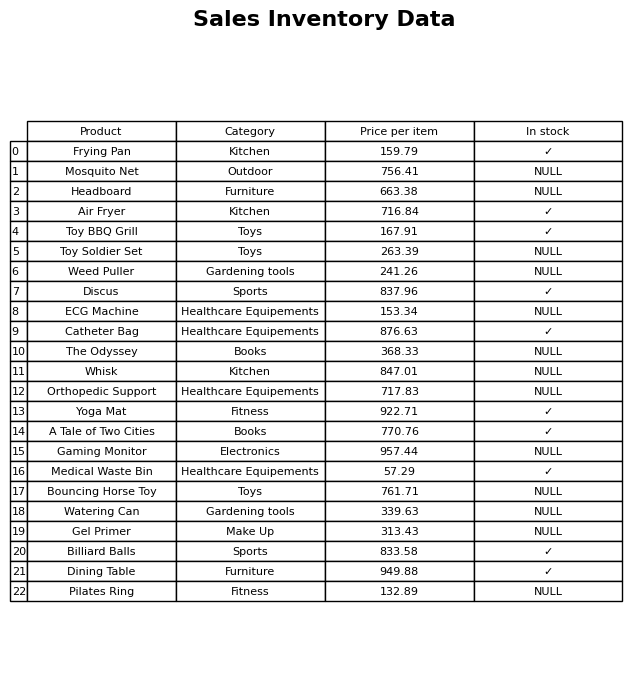
question: What is the price for Dining Table?
answer: The price of Dining Table is 949.88.